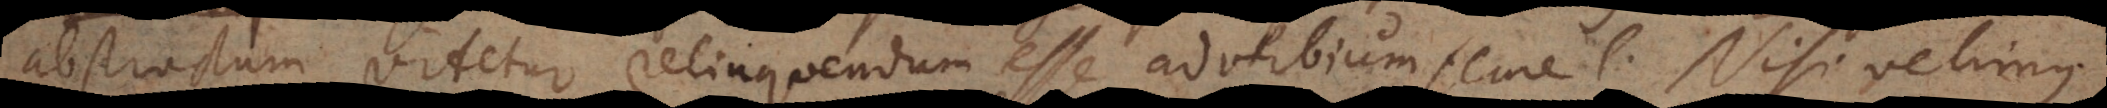
abstractum videtur relinquendum esse adverbium semel. Nisi velimus